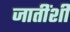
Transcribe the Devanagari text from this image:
जातींशी